Report of the Indian Hemp Drugs Commission, 1894-1895 - Volume I
Year: 1894
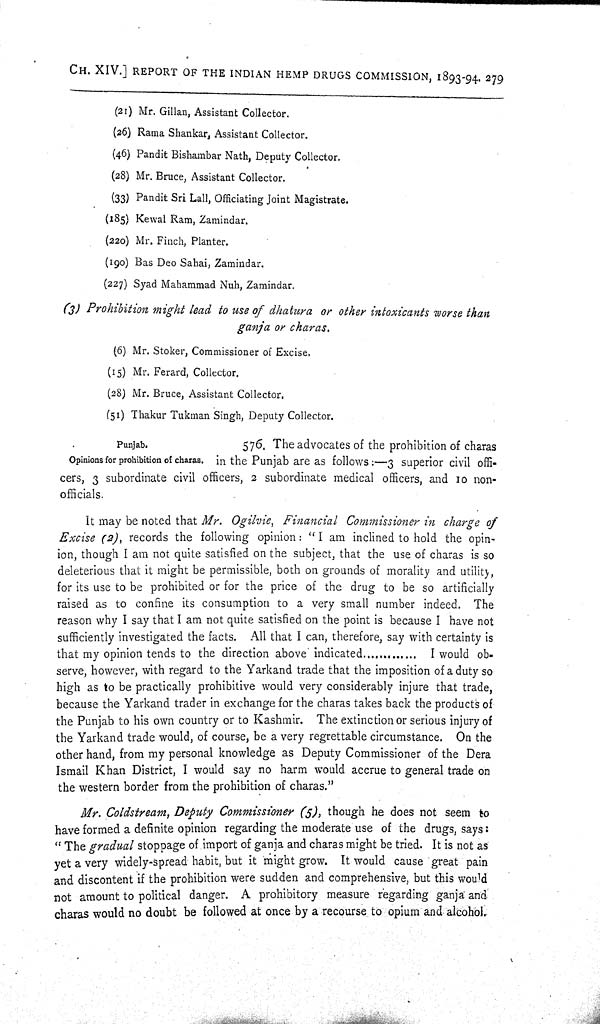
CH. XIV.] REPORT OF THE INDIAN HEMP DRUGS COMMISSION, 1893-94. 279
(21) Mr. Gillan, Assistant Collector.
(26) Rama Shankar, Assistant Collector.
(46) Pandit Bishambar Nath, Deputy Collector.
(28) Mr. Bruce, Assistant Collector.
(33) Pandit Sri Lall, Officiating Joint Magistrate.
(185) Kewal Ram, Zamindar.
(220) Mr. Finch, Planter.
(190) Bas Deo Sahai, Zamindar.
(227) Syad Mahammad Nuh, Zamindar.
(3) Prohibition might lead to use of dhatura or other intoxicants worse than
ganja or charas.
(6) Mr. Stoker, Commissioner of Excise,
(15) Mr. Ferard, Collector.
(28) Mr. Bruce, Assistant Collector.
(51) Thakur Tukman Singh, Deputy Collector.
Punjab.
Opinions for prohibition of charas.
576. The advocates of the prohibition of charas
in the Punjab are as follows:— 3 superior civil offi-
cers, 3 subordinate civil officers, 2 subordinate medical officers, and 10 non-
officials.
It may be noted that Mr. Ogilvie, Financial Commissioner in charge of
Excise (2), records the following opinion: "I am inclined to hold the opin-
ion, though I am not quite satisfied on the subject, that the use of charas is so
deleterious that it might be permissible, both on grounds of morality and utility,
for its use to be prohibited or for the price of the drug to be so artificially
raised as to confine its consumption to a very small number indeed. The
reason why I say that I am not quite satisfied on the point is because I have not
sufficiently investigated the facts. All that I can, therefore, say with certainty is
that my opinion tends to the direction above indicated.................. I would ob-
serve, however, with regard to the Yarkand trade that the imposition of a duty so
high as to be practically prohibitive would very considerably injure that trade,
because the Yarkand trader in exchange for the charas takes back the products of
the Punjab to his own country or to Kashmir. The extinction or serious injury of
the Yarkand trade would, of course, be a very regrettable circumstance. On the
other hand, from my personal knowledge as Deputy Commissioner of the Dera
Ismail Khan District, I would say no harm would accrue to general trade on
the western border from the prohibition of charas."
Mr. Coldstream, Deputy Commissioner (5), though he does not seem to
have formed a definite opinion regarding the moderate use of the drugs, says:
"The gradual stoppage of import of ganja and charas might be tried. It is not as
yet a very widely-spread habit, but it might grow. It would cause great pain
and discontent if the prohibition were sudden and comprehensive, but this would
not amount to political danger. A prohibitory measure regarding ganja and
charas would no doubt be followed at once by a recourse to opium and alcohol.